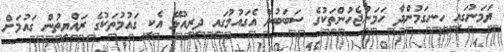
ޔަމަނުގައި ހިނގަމުންދާ ހަމަނުޖެހުންތަކުގެ ސަބަބުން އެގައުމުގައި ދިރިއުޅޭ އެކި ގައުމުތަކުގެ ރައްޔިތުން ގައުމަށް